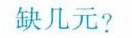
缺几元？